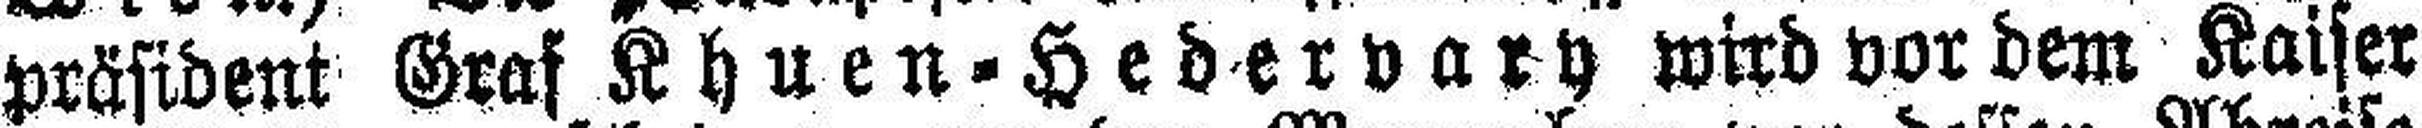
präsident Graf Khuen=Hedervary wird vor dem Kaiser